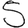
Digit: 5